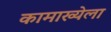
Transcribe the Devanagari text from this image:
कामाख्येला